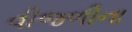
વીજળીના